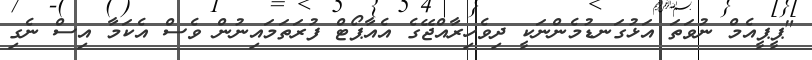
"ޕީޕީއެމް ނުވަތަ އަޅުގަނޑުމެންނަކީ ދިވެހިރާއްޖޭގެ އެއާޕޯޓް ފުރަތަމައިނުން ވެސް އެކަމާ އިސް ނެގި